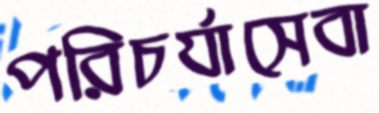
পরিচর্যাসেবা